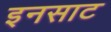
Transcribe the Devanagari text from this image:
इनसाट